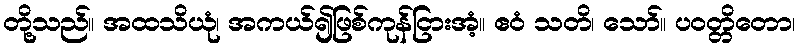
တို့သည်။ အထသိယုံ၊ အကယ်၍ဖြစ်ကုန်ငြားအံ့။ ဧဝံ သတိ၊ သော်။ ပဝတ္တိတော၊